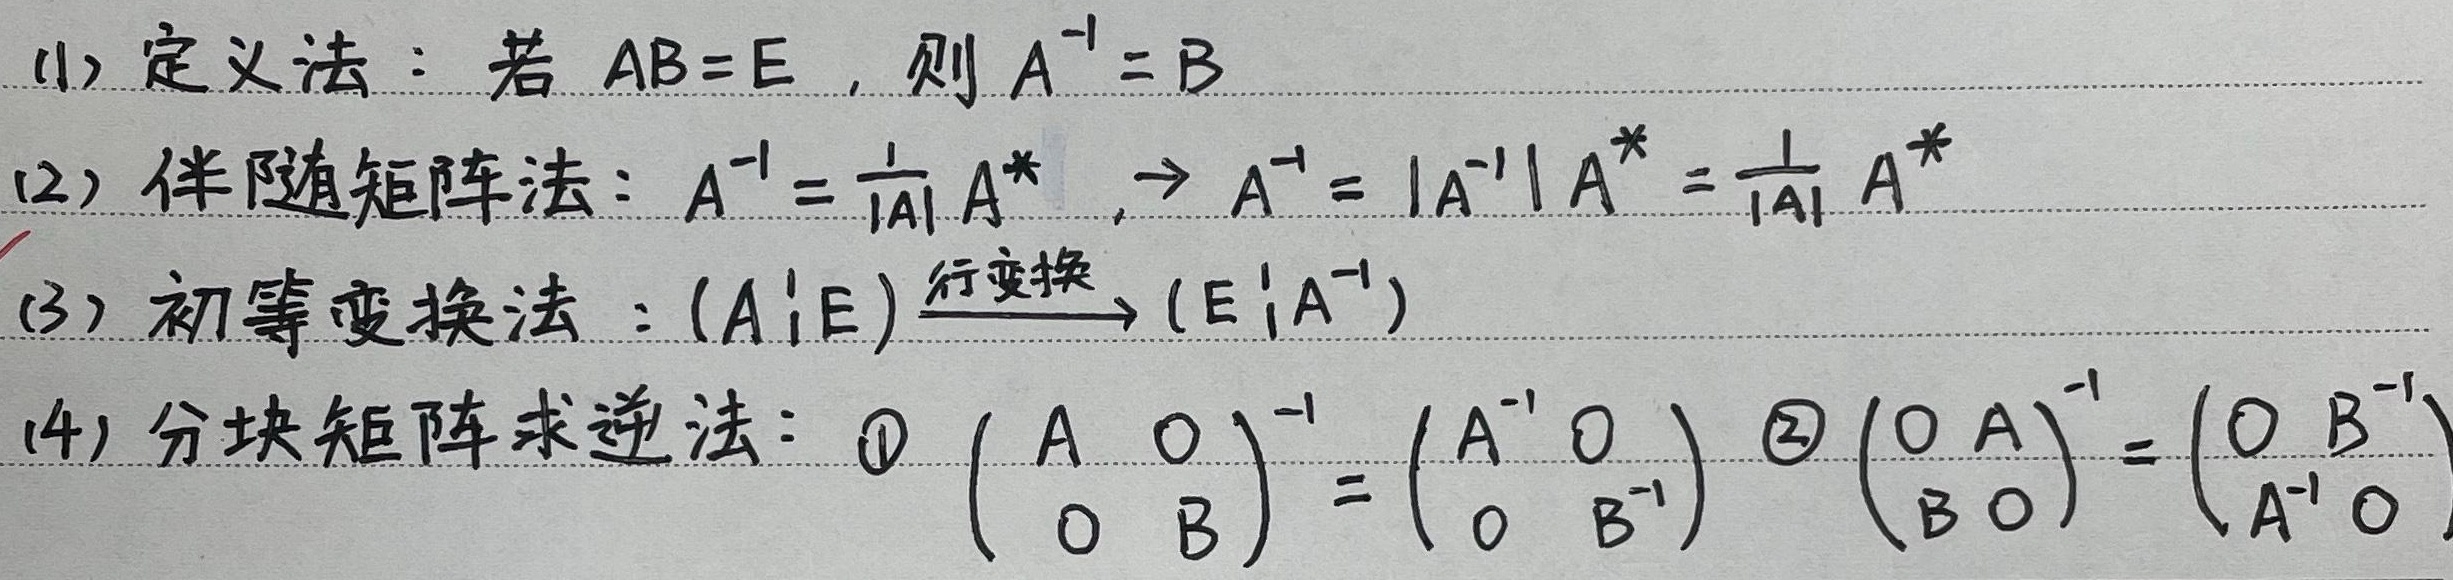
(1) 定义法：若 \(AB = E\)，则 \(A^{-1}=B\)

(2) 伴随矩阵法：\(A^{-1}=\frac{1}{|A|}A^{*}\)，\(\to A^{-1}=|A^{-1}|A^{*}=\frac{1}{|A|}A^{*}\)

(3) 初等变换法：\((A\vdots E)\xrightarrow{行变换}(E\vdots A^{-1})\)

(4) 分块矩阵求逆法：
\textcircled{1}\(\begin{pmatrix}A&0\\0&B\end{pmatrix}^{-1}=\begin{pmatrix}A^{-1}&0\\0&B^{-1}\end{pmatrix}\)
\textcircled{2}\(\begin{pmatrix}0&A\\B&0\end{pmatrix}^{-1}=\begin{pmatrix}0&B^{-1}\\\text{}A^{-1}&0\end{pmatrix}\)